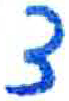
אות: צ